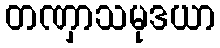
တဏှာသမုဒယာ